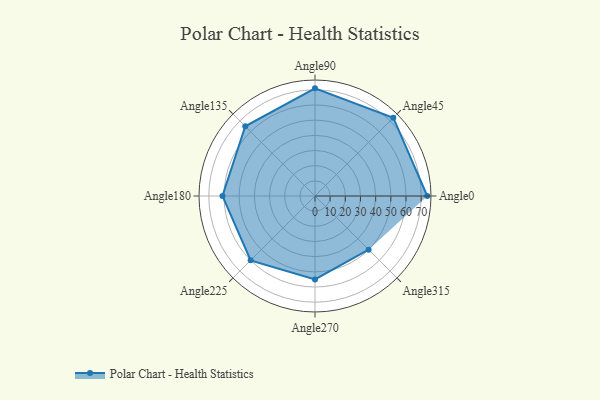
{"axis": {"x": "Angle", "y": "Radius"}, "legend": [""], "data": [{"x": "Angle0", "y": 74.0, "type": ""}, {"x": "Angle45", "y": 73.0, "type": ""}, {"x": "Angle90", "y": 71.0, "type": ""}, {"x": "Angle135", "y": 65.0, "type": ""}, {"x": "Angle180", "y": 61.0, "type": ""}, {"x": "Angle225", "y": 60.0, "type": ""}, {"x": "Angle270", "y": 55.0, "type": ""}, {"x": "Angle315", "y": 50.0, "type": ""}]}